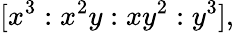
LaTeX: [x^{3}:x^{2}y:xy^{2}:y^{3}],